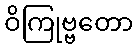
ဝိကြုဗ္ဗတော